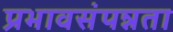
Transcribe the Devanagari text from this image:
प्रभावसंपन्नता